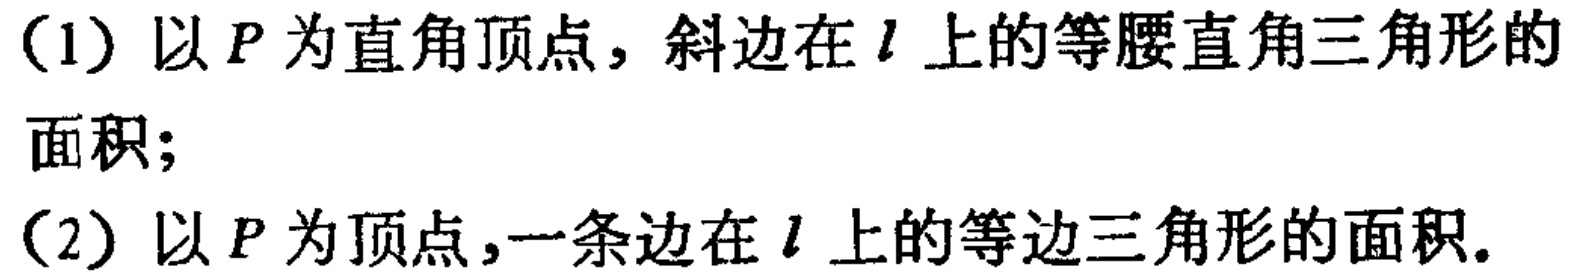
(1) 以\(P\)为直角顶点，斜边在\(l\)上的等腰直角三角形的面积;
(2) 以\(P\)为顶点,一条边在\(l\)上的等边三角形的面积.